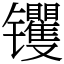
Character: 䦆